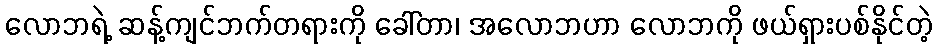
လောဘရဲ့ ဆန့်ကျင်ဘက်တရားကို ခေါ်တာ၊ အလောဘဟာ လောဘကို ဖယ်ရှားပစ်နိုင်တဲ့